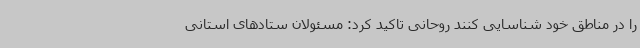
را در مناطق خود شناسایی کنند روحانی تاکید کرد: مسئولان ستادهای استانی